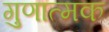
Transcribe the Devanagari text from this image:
गुणात्‍मक